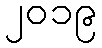
၂၀၁၉